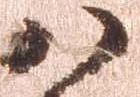
八